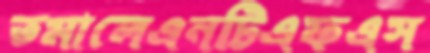
তমালেএনটিএফএস